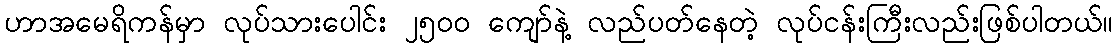
ဟာအမေရိကန်မှာ လုပ်သားပေါင်း ၂၅၀၀ ကျော်နဲ့ လည်ပတ်နေတဲ့ လုပ်ငန်းကြီးလည်းဖြစ်ပါတယ်။